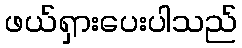
ဖယ်ရှားပေးပါသည်